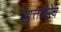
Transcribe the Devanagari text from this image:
प्रवृत्तयोरेवं